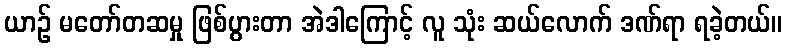
ယာဉ် မတော်တဆမှု ဖြစ်ပွားတာ အဲဒါကြောင့် လူ သုံး ဆယ်လောက် ဒဏ်ရာ ရခဲ့တယ်။